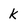
Character: k